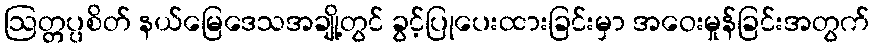
ဩတ္တပ္ပစိတ် နယ်မြေဒေသအချို့တွင် ခွင့်ပြုပေးထားခြင်းမှာ အဝေးမှုန်ခြင်းအတွက်